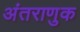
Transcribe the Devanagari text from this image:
अंतराणुक